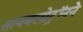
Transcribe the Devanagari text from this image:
सायक्लोट्रॉनने